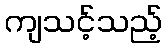
ကျသင့်သည့်